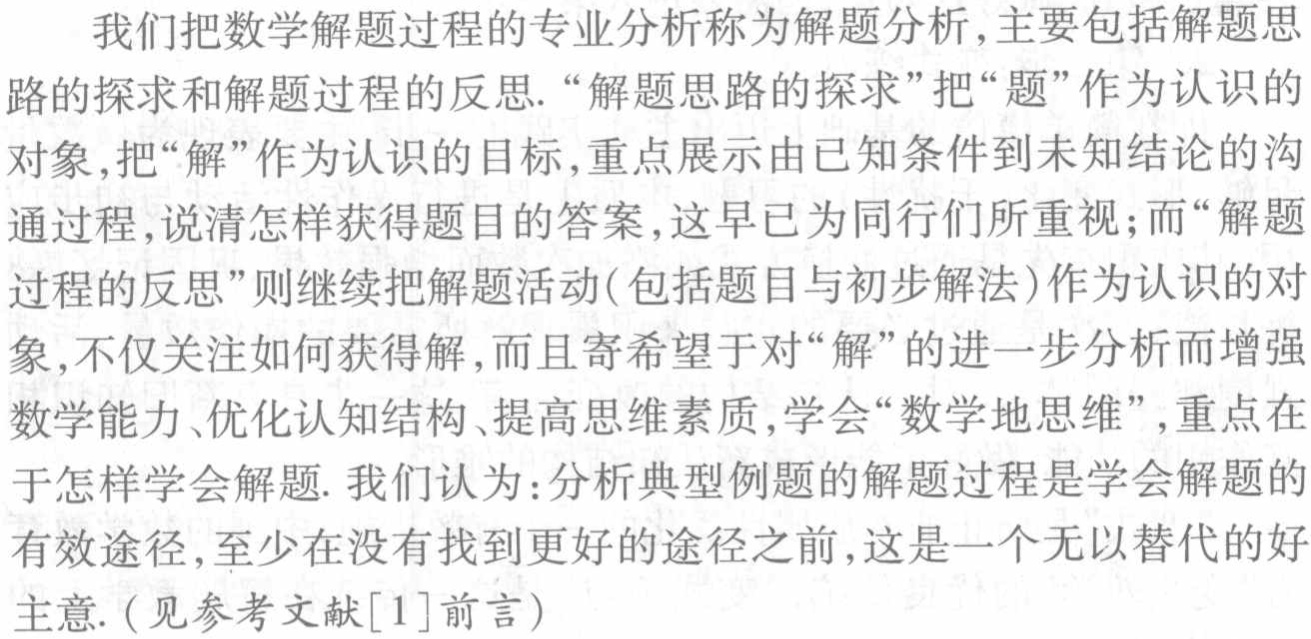
我们把数学解题过程的专业分析称为解题分析,主要包括解题思路的探求和解 题过程的反思.“解题思路的探求”把“题”作为认识的对象,把“解”作为认识的目标,重点展示由已知条件到未知结论的沟通过程, 说清怎样获得题目的答案,这早已为同行们所重视;而“解题过程的反思”则继续把解题活动(包括题目与初步解法)作为认识的对象,不仅关注如何获得解,而且寄希望于对“解”的进一步分析而增强数学能力、优化认知结构、提高思维素质,学会“数学地思维”,重点在于怎样学会解题. 我们认为:分析典型例题的解题过程是学会解题的有效途径,至少在没有找到更好的途径之前,这是一个无以替代的好主意.(见参考文献[1]前言)